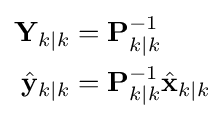
{\begin{aligned}\mathbf {Y} _{k\mid k}&=\mathbf {P} _{k\mid k}^{-1}\\{\hat {\mathbf {y} }}_{k\mid k}&=\mathbf {P} _{k\mid k}^{-1}{\hat {\mathbf {x} }}_{k\mid k}\end{aligned}}